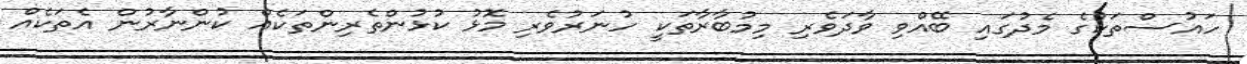
ހައުސްތަކުގެ މެދުގައި ބޭއްވި ވާދަވެރި މިމުބާރާތަކީ ހުނަރުވެރި މޮޅު ކުޅުންތެރިންތަކެއް ކުންނާރުން އެތަކެއް